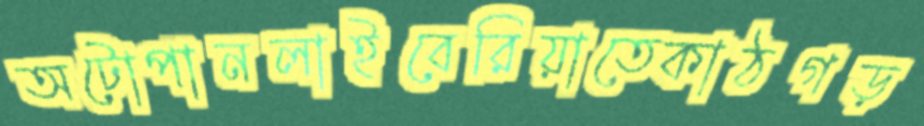
অটোপানলাইবেরিয়াতেকাঠগড়